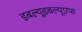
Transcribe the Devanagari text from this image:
डबल्यूडबल्यूएफ